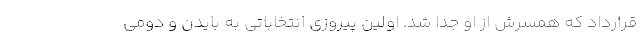
قرارداد که همسرش از او جدا شد. اولین پیروزی انتخاباتی به بایدن و دومی